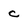
Character: c